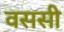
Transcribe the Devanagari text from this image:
वससी